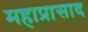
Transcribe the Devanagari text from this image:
महाप्रासाद